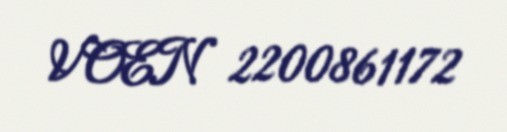
VOEN 2200861172